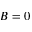
B = 0